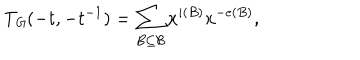
T _ { \mathit { G } } ( - t , - t ^ { - 1 } ) = \sum _ { B \subseteq \mathcal { B } } x ^ { i ( B ) } x ^ { - e ( B ) } ,